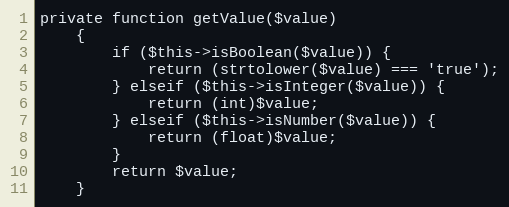
Language: PHP
private function getValue($value)
    {
        if ($this->isBoolean($value)) {
            return (strtolower($value) === 'true');
        } elseif ($this->isInteger($value)) {
            return (int)$value;
        } elseif ($this->isNumber($value)) {
            return (float)$value;
        }
        return $value;
    }